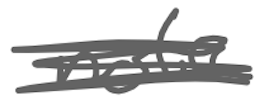
Text: not
Cross-out: scratch
Writing tool: digital_gray